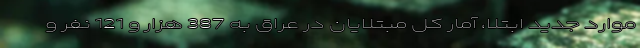
موارد جدید ابتلا، آمار کل مبتلایان در عراق به 387 هزار و 121 نفر و